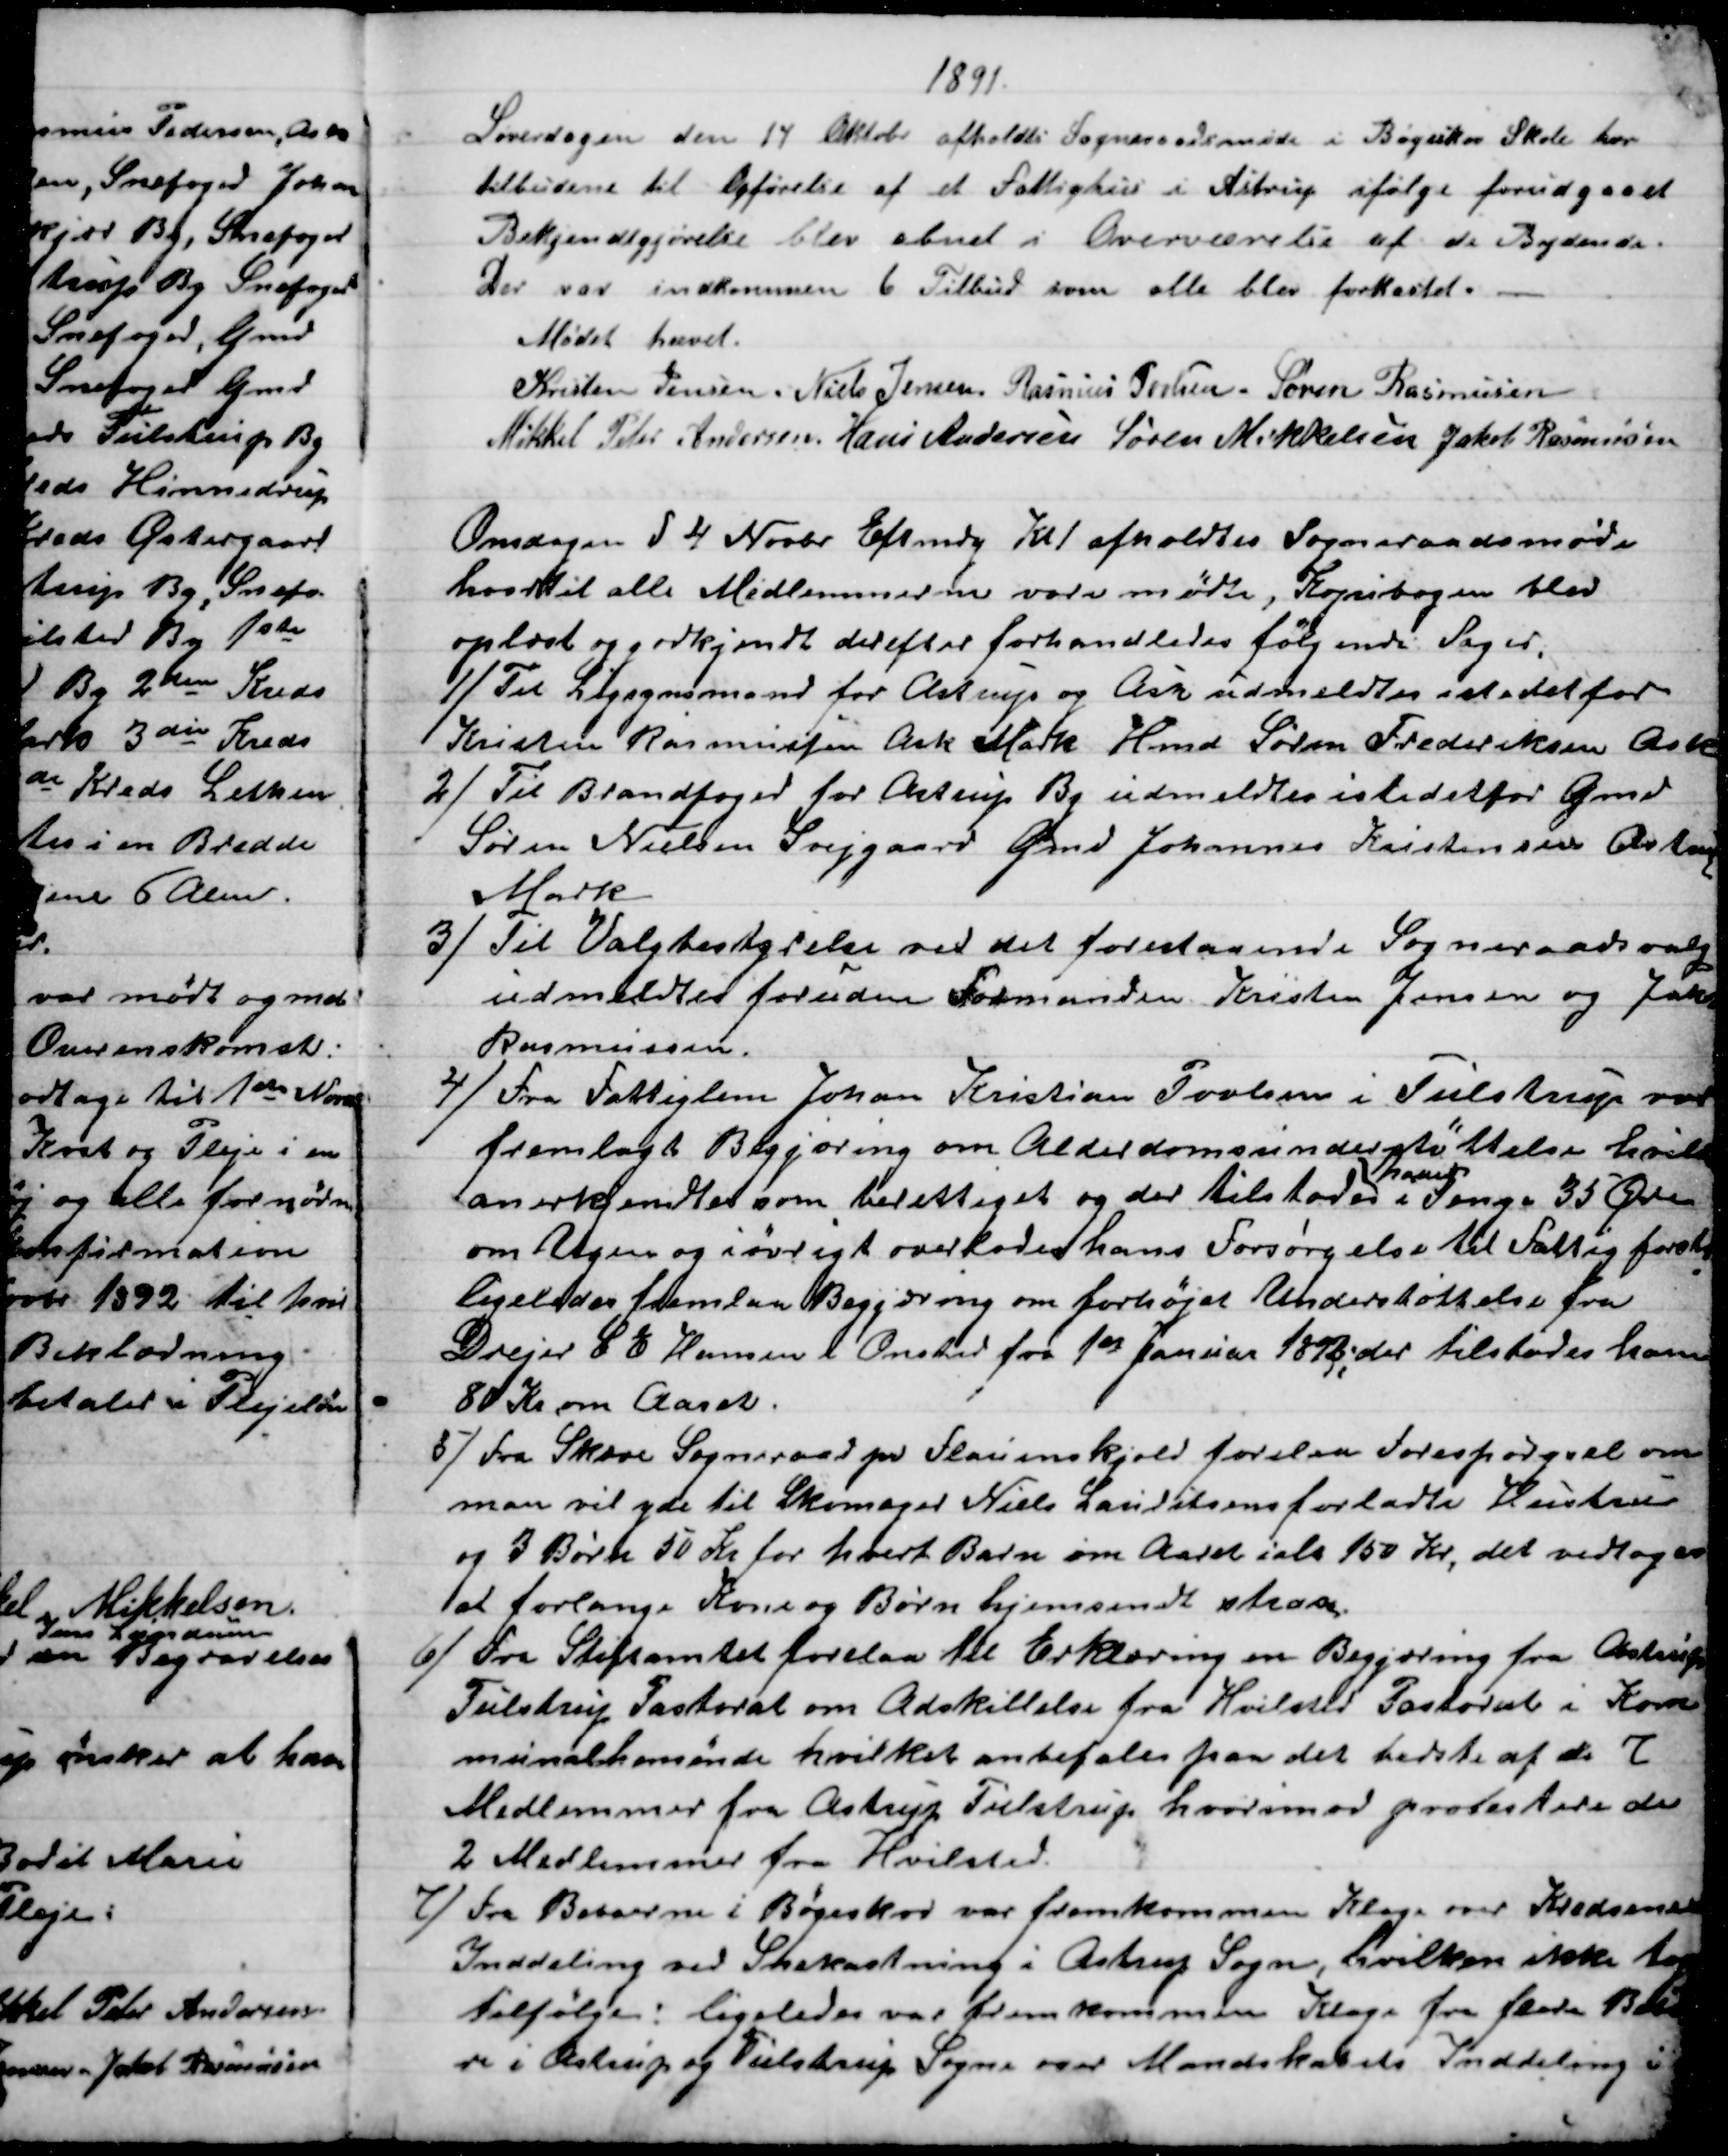
Transskription:
1891.
Løverdagen den 14 Oktobr afholdtes Sogneraadsmøde i Bøgeskov Skole hvor
tilbudene til Opførelse af et Fattighus i Astrup ifølge forudgaaet
Bekjendtgjørelse blev abnet i Overværelse af de Bydende.
Der var indkommen 6 Tilbud som alle blev forkastet.
Mødet hævet.
Kristen Jensen. Niels Jensen. Rasmus Povlsen. Søren Rasmussen
Mikkel Peter Andersen. Hans Andersen Søren Mikkelsen Jakob Rasmussen
Onsdagen d 4 Novbr Eftmdg Kl 1 afholdtes Sogneraadsmøde
hvortil alle Medlemmerne vare mødte, Kopibogen blev
oplæst og godkjendt derefter forhandledes følgende Sager,
1) 
 Til Ligsynsmand for Astrup og Ask udmeldtes istedetfor
Kristen Rasmussen Ask Mark Hmd Søren Frederiksen Ask
2) 
Til Brandfoged for Astrup By udmeldtes istedetfor Gmd
Søren Nielsen Svejgaard Gmd Johannes Kristensen Astrup
Mark
3)
Til Valgbestyrelse ved det forestaaende Sogneraadsvalg
udmeldtes foruden Formanden Kristen Jensen og Jakob
Rasmussen
4)
Fra Fattiglem Johan Kristian Povlsen i Tulstrup var
fremlagt Begjæring om Alderdomsunderstøttelse hvilket
anerkjendtes som berettiget og der tilstodes 
ham
i Penge 35 Øre
om Ugen og iøvrigt overlodes hans Forsørgelse til Fattig forst
ligeledes fremlaa Begjæring om forhøjet Understøttelse fra
Drejer C E Hansen i Onsted fra 1st Januar 1892, der tilstodes ham
80 Kr om Aaret.
5) 
Fra Skæve Sogneraad pr Flauenskjold forelaa Forespørgsel om
man vil yde til Skomager Niels Lauritsens forladte Hustru
og 3 Børn 50 Kr for hvert Barn om Aaret ialt 150 Kr, det vedtoges
at forlange Kone og Børn hjemsendt strax.
6)
Fra Stiftamtet forelaa til Erklæring en Begjæring fra Astrup
Tulstrup Pastorat om Adskillelse fra Hvilsted Pastorat i Kom
munalhenseende hvilket anbefales paa det bedste af de 7
Medlemmer fra Astrup Tulstrup hvorimod protestere de
2 Medlemmer fra Hvilsted.
7)
Fra Beboerne i Bøgeskov var fremkommen Klage over Kredsenes
Inddeling ved Snekastning i Astrup Sogn, hvilken ikke toges
tilfølge: ligeledes var fremkommen Klage fra flere Beboe
re i Astrup og Tulstrup Sogne over Mandskabets Inddeling i